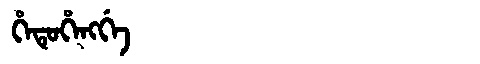
Manchu: ᡥᡝᡨᡠᡥᡝᠩᡤᡝ
Romanization: HETUHENGGE